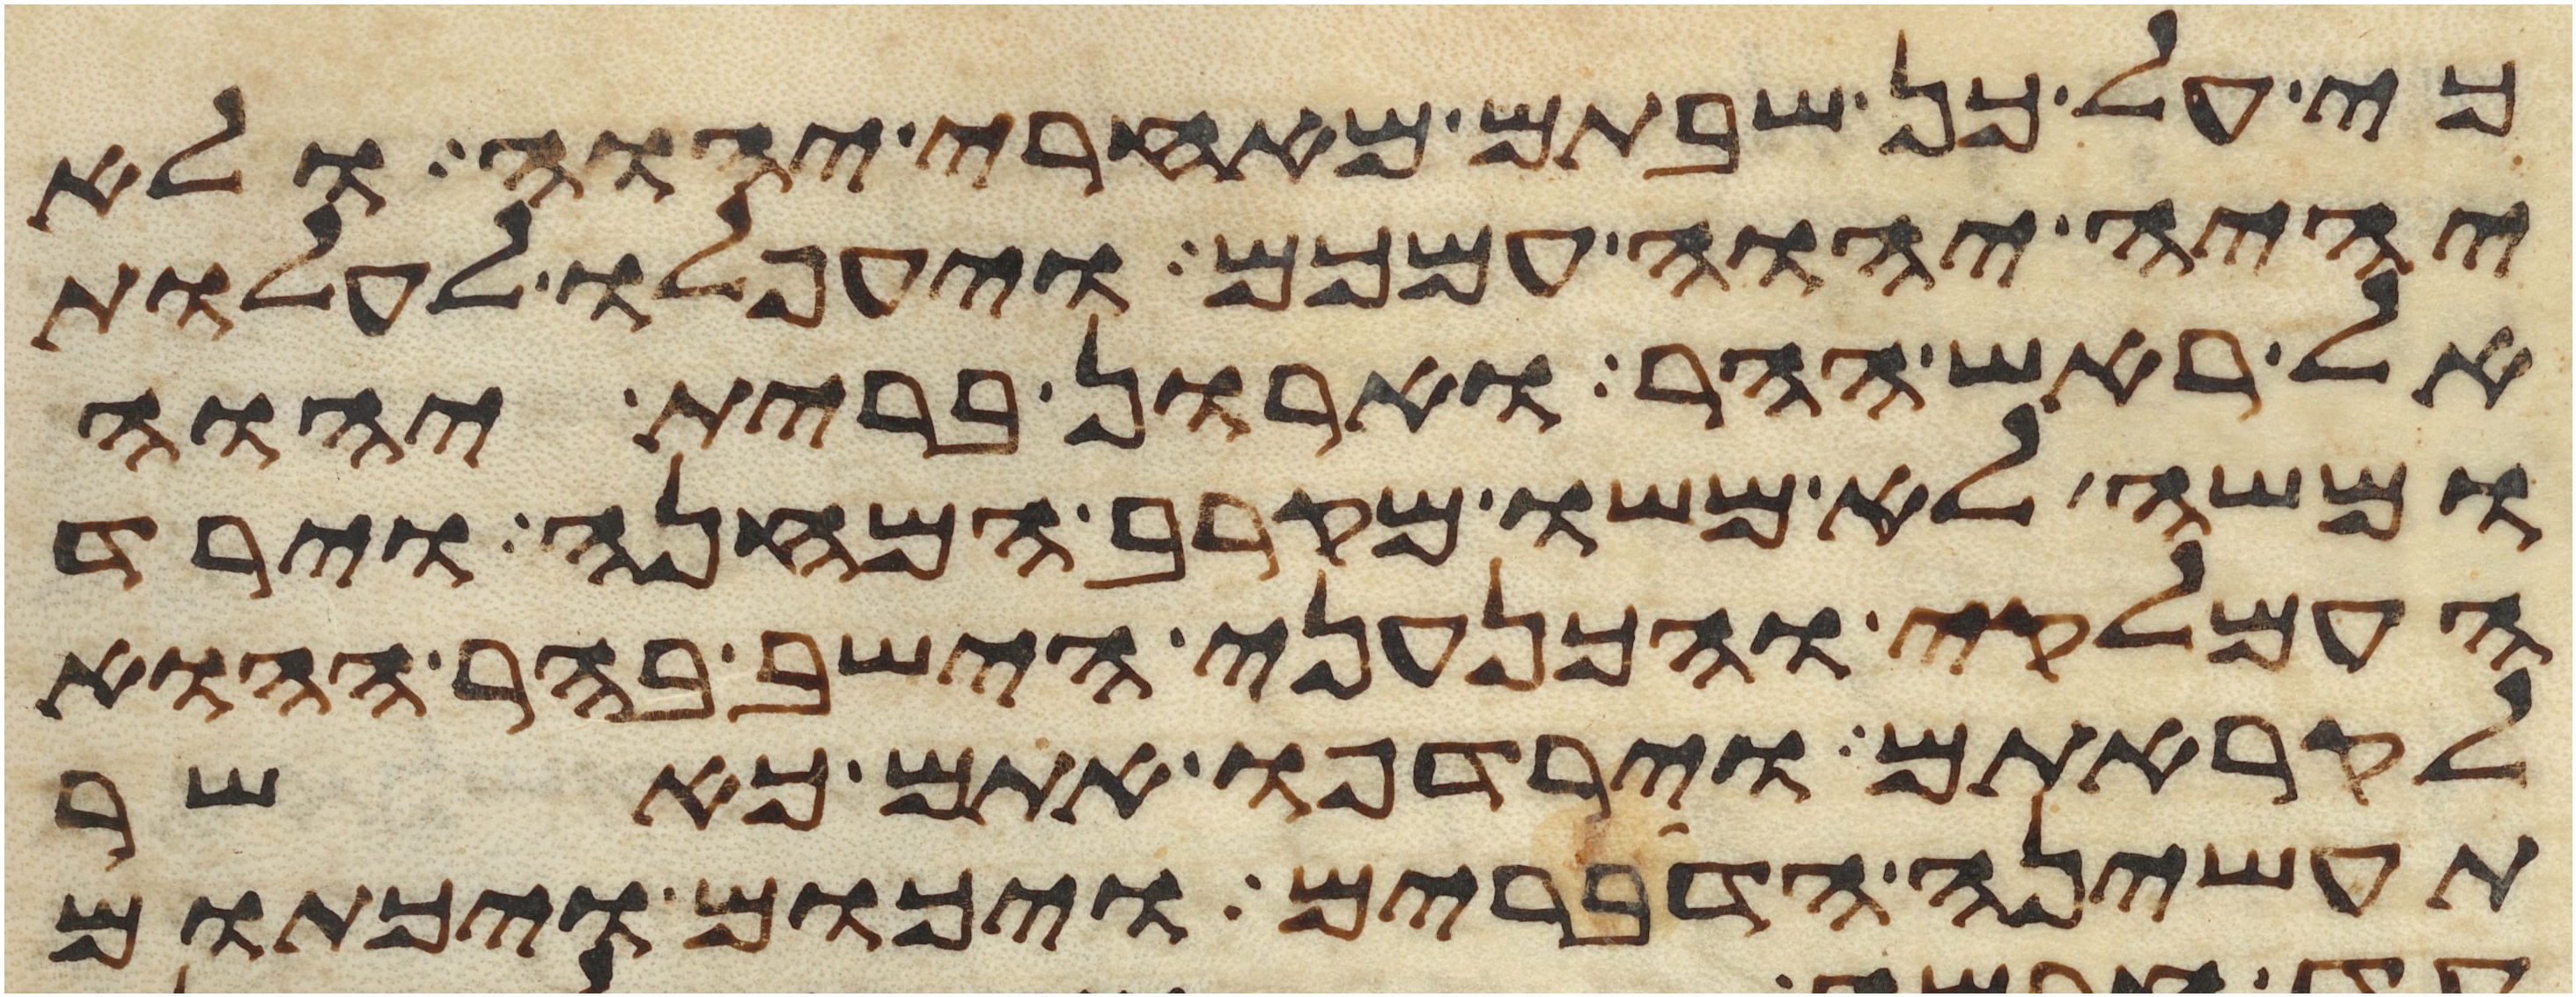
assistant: כי על כן שבתם מאחרי יהוה ולא
יהיה יהוה עמכם ויעפלו לעלות
אל ראש ההר וארון ברית יהוה
ומשה לא משו מקרב המחנה וירד
העמלקי והכנעני הישב בהר ההוא
לקראתם וירדפו אתם כאשר
תעשינה הדברים ויכום ויכתום